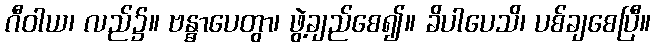
ဂီဝါယ၊ လည်၌။ ဗန္ဓာပေတွာ၊ ဖွဲ့ချည်စေ၍။ ခိပါပေသိ၊ ပစ်ချစေပြီ။